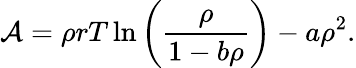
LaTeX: \mathcal{A}=\rho rT\ln\left(\frac{\rho}{1-b\rho}\right)-a\rho^{2}.